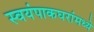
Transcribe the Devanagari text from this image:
स्वयंपाकघरांमध्ये